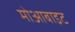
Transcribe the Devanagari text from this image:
मोआबाइट